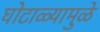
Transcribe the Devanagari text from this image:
घोटाळ्यामुळे